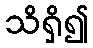
သိရှိ၍